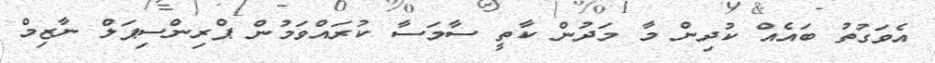
އެވަގުތު ބައެއް ކުދިން މާ މަދުން ކާތީ ސާމަސާ ކުރައްވަމުން ޕްރިންސިޕަލް ނާޒިމް